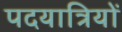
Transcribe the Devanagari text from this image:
पदयात्रियों